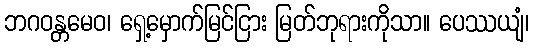
ဘဂဝန္တမေဝ၊ ရှေ့မှောက်မြင်ငြား မြတ်ဘုရားကိုသာ။ ပေဿယျံ၊